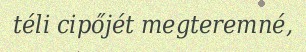
téli cipőjét megteremné,